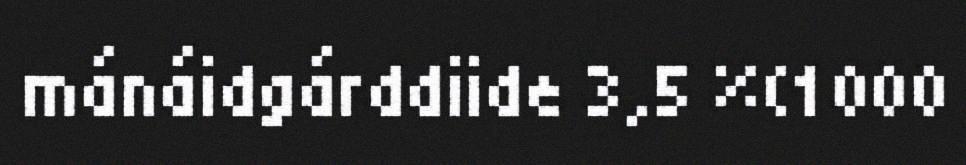
mánáidgárddiide 3,5 %(1000